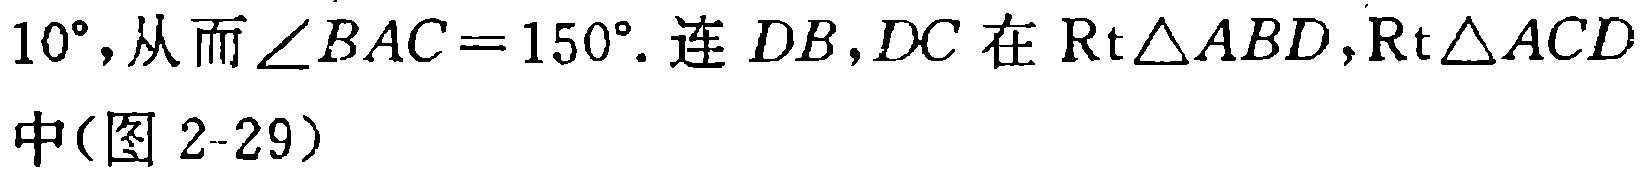
$10^{\circ},从而\angle BAC = 150^{\circ}.连\ DB,DC\ 在\ \mathrm{Rt}\triangle ABD,\mathrm{Rt}\triangle ACD$
中(图 2-29)